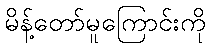
မိန့်တော်မူကြောင်းကို